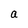
Character: a